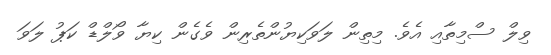
ވިލް ސްމިތާއި އެވެ. މިތިން ލަވަކިޔުންތެރިން ވެގެން ކިޔާ ވޯލްޑް ކަޕު ލަވަ